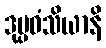
ဒုပ္ပဓံသိယာနိ